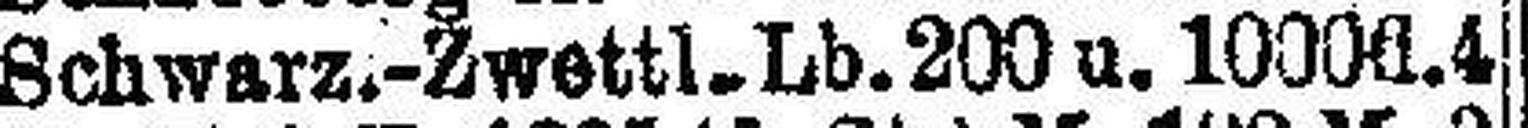
Schwarz.-Zwettl-Lb. 200 u. 1000fl. 4